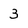
Character: 3